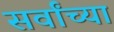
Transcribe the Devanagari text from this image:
सर्वांच्‍या